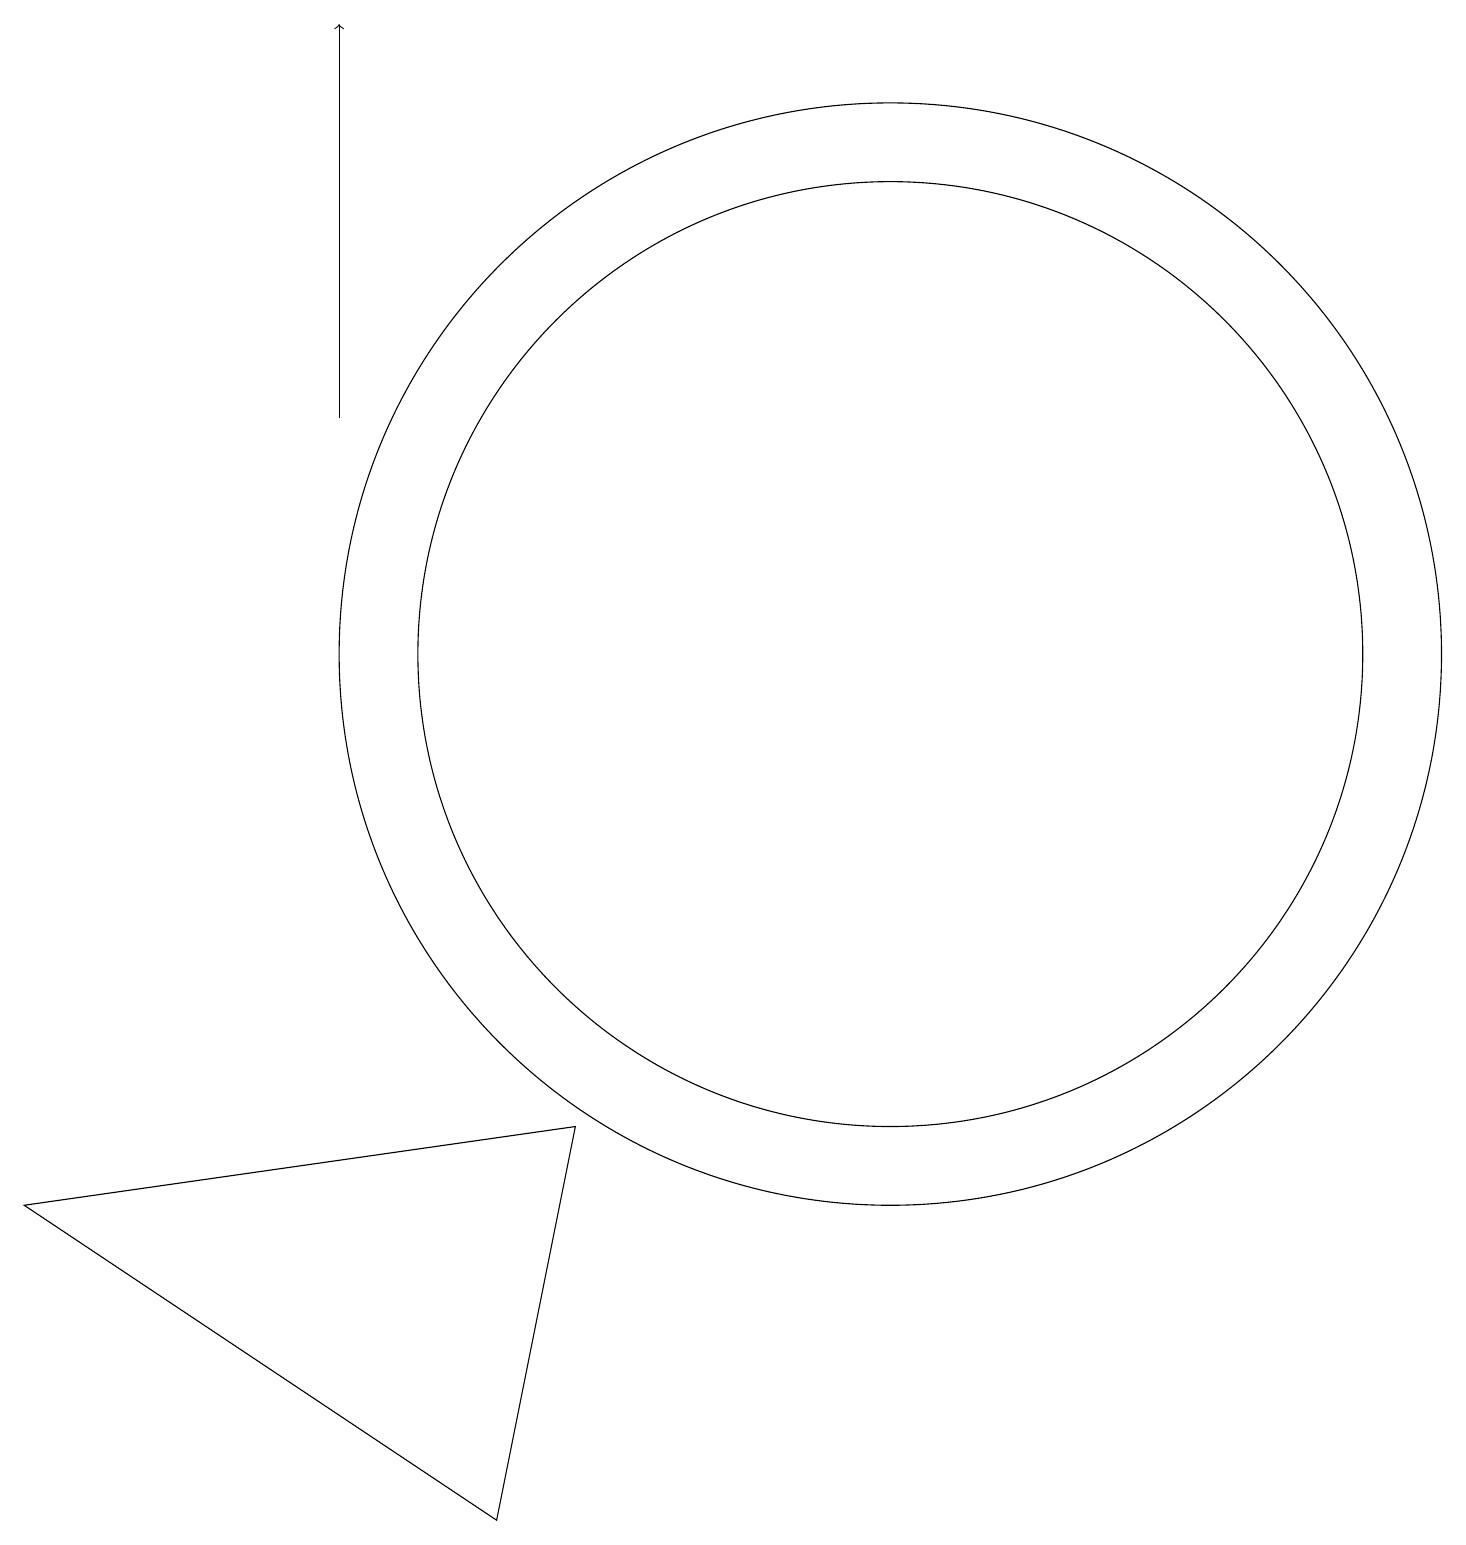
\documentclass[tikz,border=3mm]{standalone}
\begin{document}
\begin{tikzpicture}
\draw (0,4) -- (6,0) -- (7,5) -- cycle;
\draw[->] (4,14) -- (4,19);
\draw (11,11) circle (6);
\draw (11,11) circle (7);
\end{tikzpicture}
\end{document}